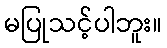
မပြုသင့်ပါဘူး။